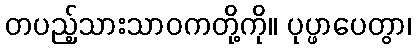
တပည့်သားသာဝကတို့ကို။ ပုပ္ဖာပေတွာ၊